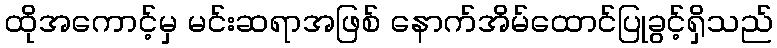
ထိုအကောင့်မှ မင်းဆရာအဖြစ် နောက်အိမ်ထောင်ပြုခွင့်ရှိသည်